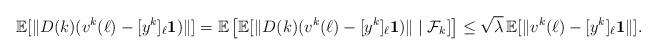
LaTeX: \begin{align*}\mathbb{E}[\|D(k)(v^k(\ell) - [y^{k}]_\ell\mathbf{1}) \|]=\mathbb{E}\left[\mathbb{E}[\|D(k)(v^k(\ell) - [y^{k}]_\ell\mathbf{1}) \|\mid\mathcal{F}_k]\right]\le \sqrt{\lambda}\,\mathbb{E}[\|v^k(\ell) - [y^{k}]_\ell\mathbf{1} \|].\end{align*}